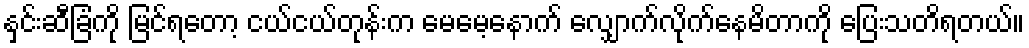
နှင်းဆီခြံကို မြင်ရတော့ ငယ်ငယ်တုန်းက မေမေ့နောက် လျှောက်လိုက်နေမိတာကို ပြေးသတိရတယ်။